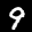
Label: 9